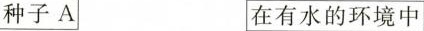
种子A 在有水的环境中